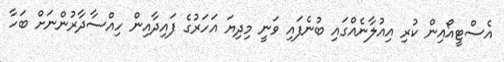
އެސްޓީއޯއިން ކުރި އިއުލާނެއްގައި ބުނެފައި ވަނީ މިދިޔަ އަހަރުގެ ފައިދާއިން ހިއްސާދާރުންނަށް ބަހާ